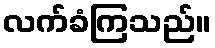
လက်ခံကြသည်။